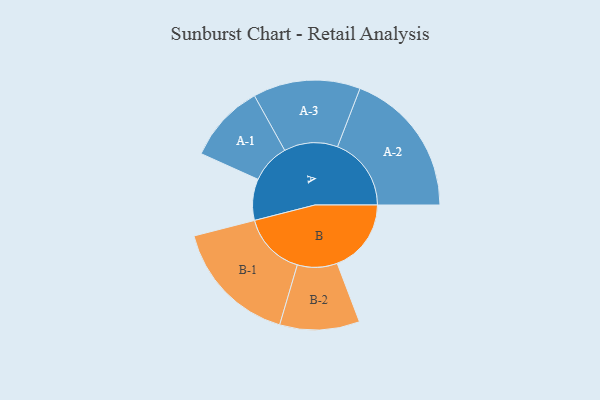
{"axis": {"x": "Segment", "y": "Value"}, "legend": ["", "A", "B"], "data": [{"x": "A", "y": 144, "type": ""}, {"x": "B", "y": 258, "type": ""}, {"x": "A-1", "y": 137, "type": "A"}, {"x": "A-2", "y": 257, "type": "A"}, {"x": "A-3", "y": 187, "type": "A"}, {"x": "B-1", "y": 221, "type": "B"}, {"x": "B-2", "y": 139, "type": "B"}]}